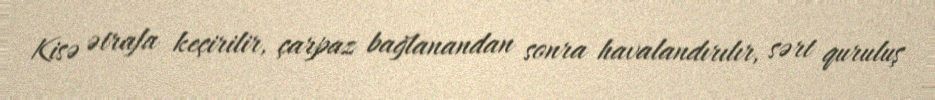
Kisə ətrafa keçirilir, çarpaz bağlanandan sonra havalandırılır, sərt quruluş